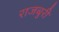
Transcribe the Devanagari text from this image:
राजबुरी